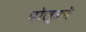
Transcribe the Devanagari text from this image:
घोल्को